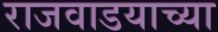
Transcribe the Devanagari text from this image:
राजवाडयाच्या